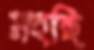
মহছি